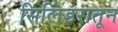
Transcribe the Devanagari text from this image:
सिलिंडरातून